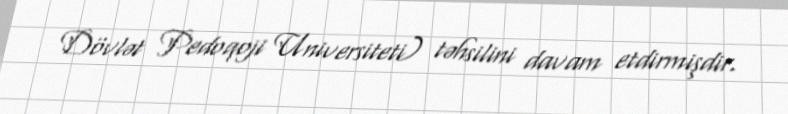
Dövlət Pedoqoji Universiteti) təhsilini davam etdirmişdir.